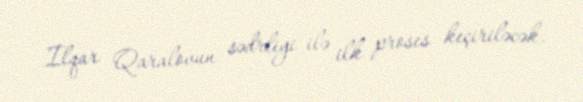
İlqar Qaralovun sədrliyi ilə ilk proses keçiriləcək.